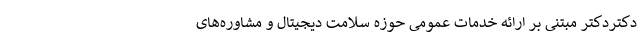
دکتردکتر مبتنی بر ارائه خدمات عمومی حوزه سلامت دیجیتال و مشاوره‌های